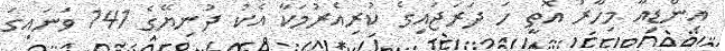
އިންޑިއާ މިހާރު އޮތީ ހަ ދަރަޖައިގެ ކުރިއެރުމަކާ އެކު ދުނިޔޭގެ 141 ވަނައިގަ